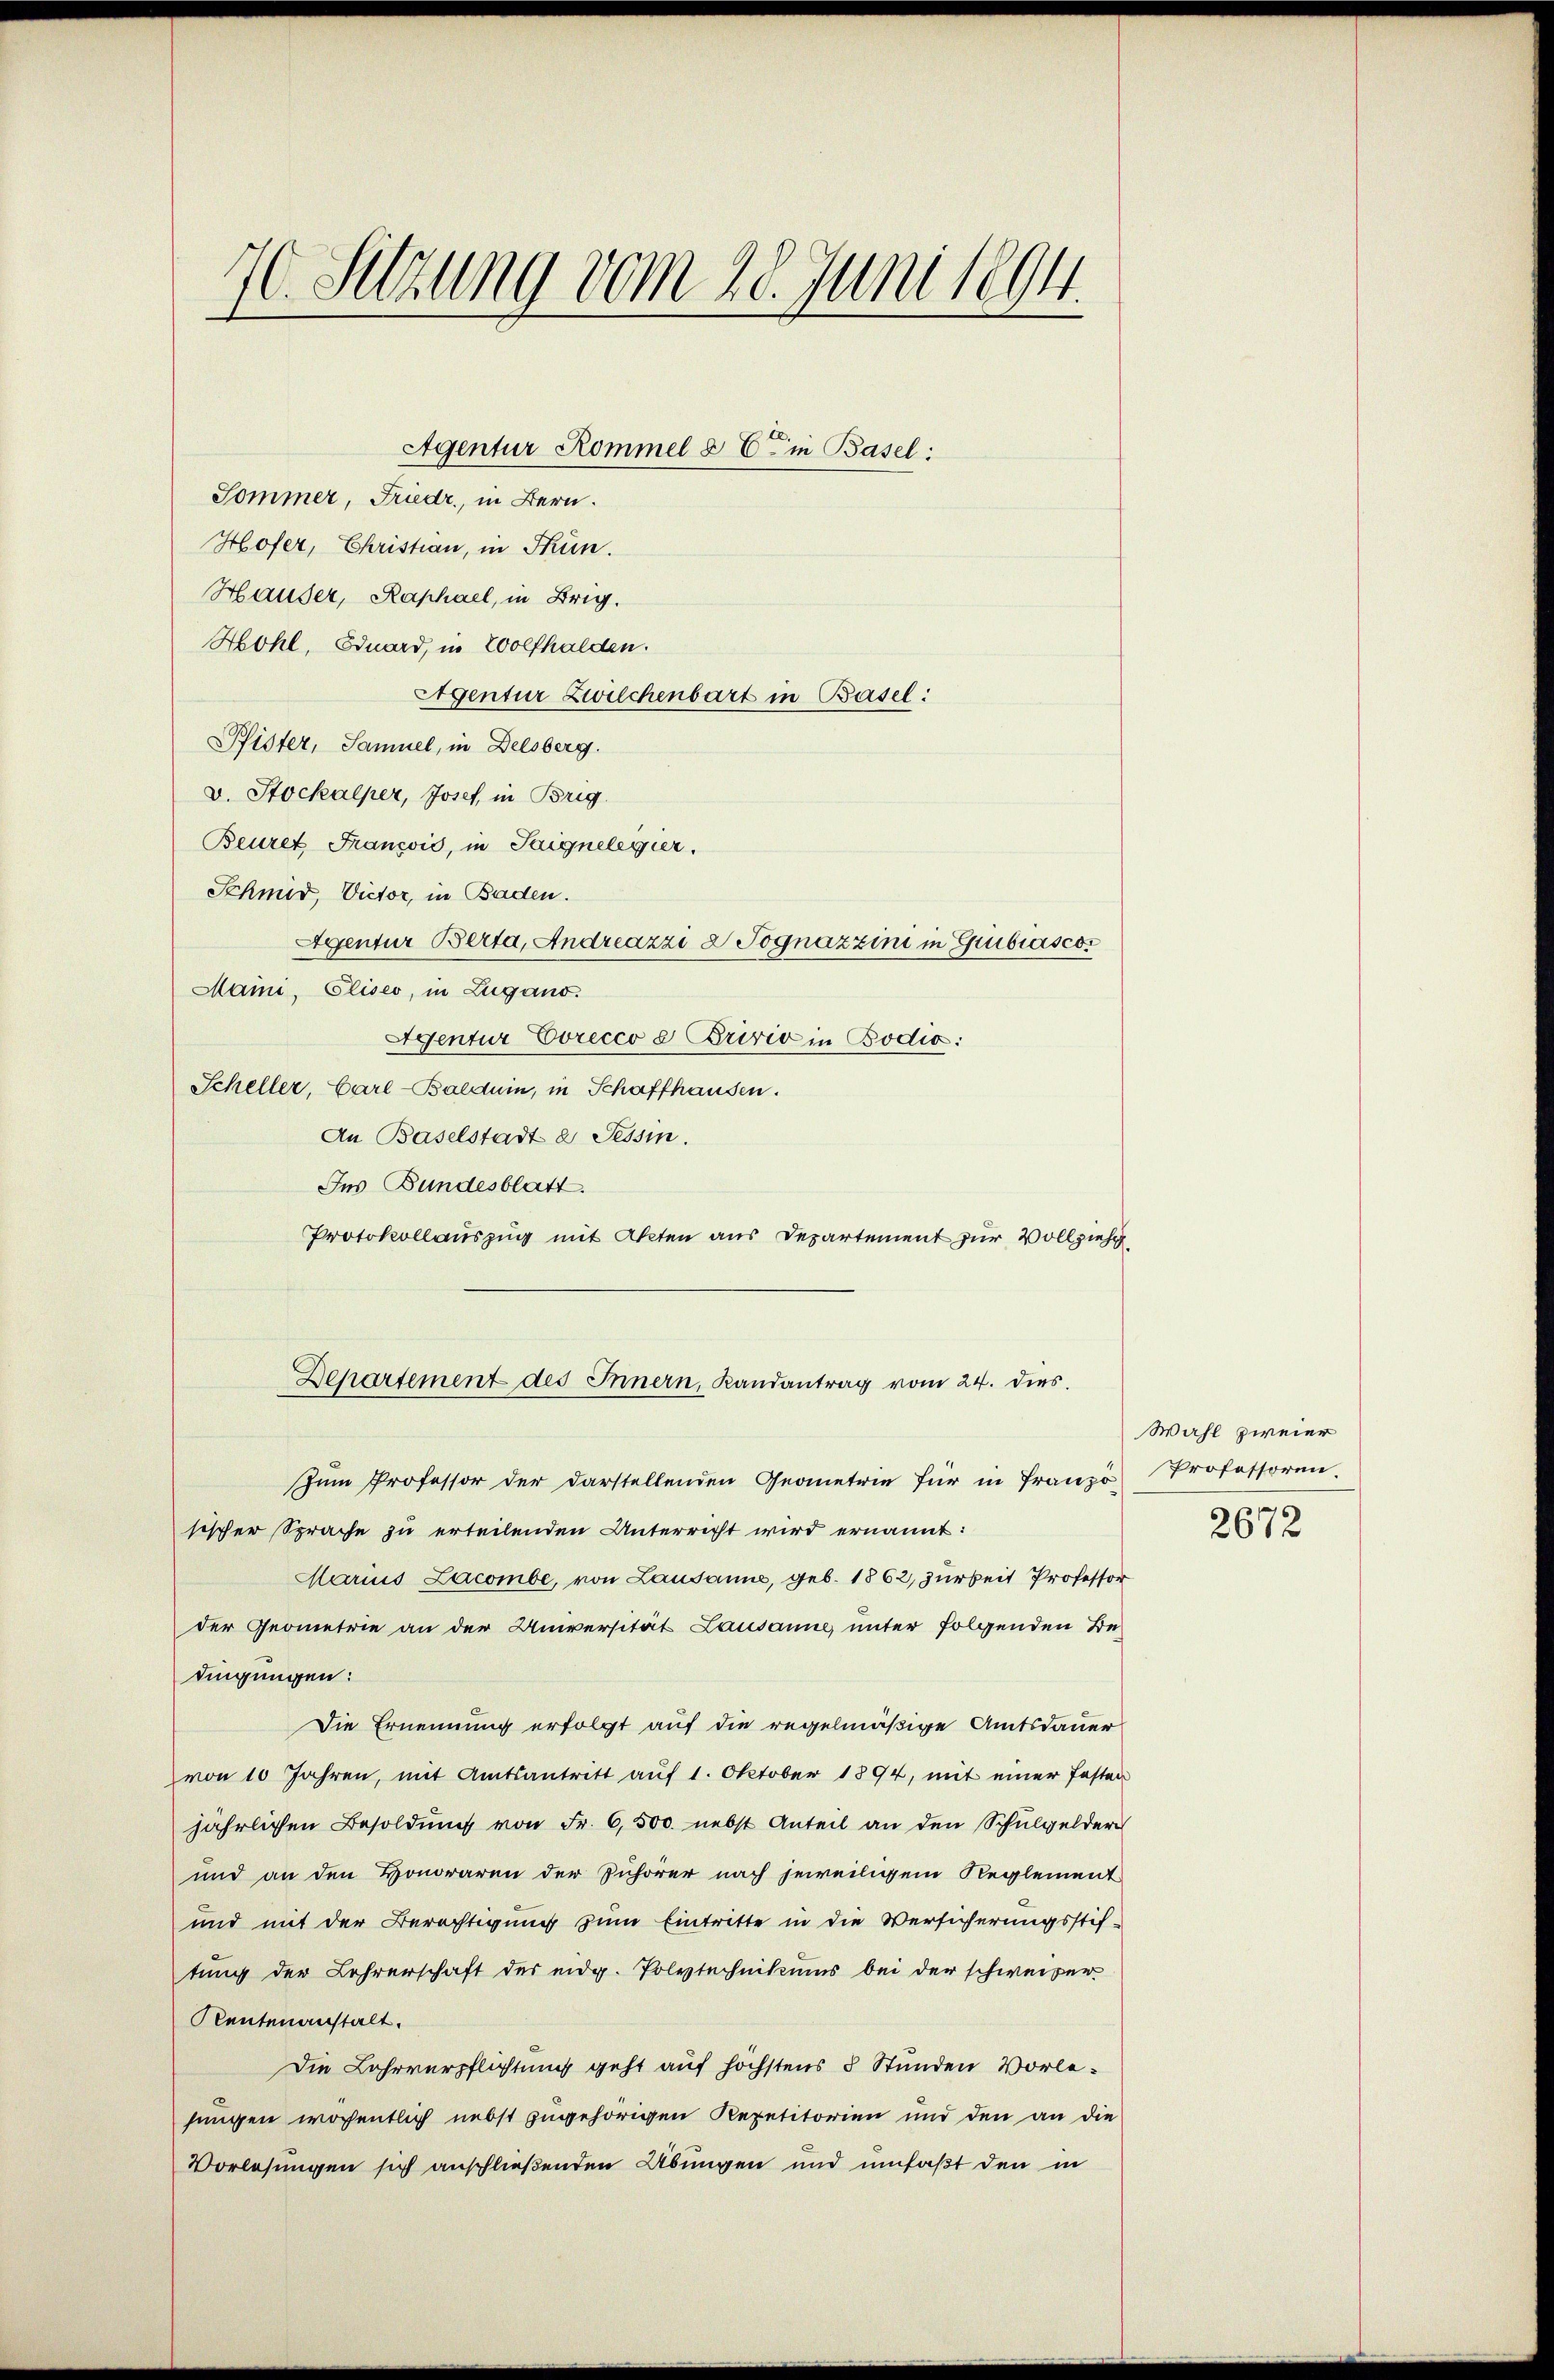
70. Sitzung vom 28. Juni 1894.

Sommer, Friedr., in Bern.
Hofer, Christian, in Thun.
Häuser, Raphael, in Brig.
Hohl, Eduard, in Wolfhalden.
Agentur Zwilchenbart in Basel:
Pfister, Samuel, in Delsberg.
v. Stockalper, Josef, in Brig.
Beuret Francois, in Teignelegier
Schmid, Victor, in Baden.
Agentur Berta, Andreazzi 2 Pognazzini in Giubiascor
Maini, Eliseo, in Zugano.
Agentur Corecco e Brivio in Bodić:
Scheller, Carl-Balduin, in Schaffhausen.
An Baselstadt a Tessin.
um Professor der darstellenden Geometrie für in Franze Professoren.
sischer Sprache zu erteilenden Unterricht wird ernannt:
Marius Zacombe, von Lausanne, geb. 1862, Zurkeit Professor
der Geometrie an der Universität Lausanne, unter folgenden Bedingungen:
Die Ernennung erfolgt auf die regelmäßige Amtsdauer
von 10 Jahren, mit Amtsantritt auf 1. Oktober 1894, mit einer Fasten
jährlichen Besoldung von Fr. 6,500. nebst Anteil an den Schulgeldern
und an den Honoraren der Zuhörer nach jeweiligem Reglement
und mit der Berechtigung zum Eintritte in die Versicherungsstiftung der Lehrerschaft des eidg. Polytechnikums bei der schweizer
Reutenanstalt.
Die Lehrverpflichtung geht auf höchstens 8 Stunden Vorlejungen wöchentlich nebst zugehörigen Repetitorien und den an die
Vorlesungen sich anschließenden Übungen und umfaßt den in

Agentur Kommel & Ein Basel:

Ins Bundesblatt.
Protokollauszug mit Akten aus Departement zur Vollziehu
Departement des Innern, Randantrag vom 24. dies

Wahl zweier

2672